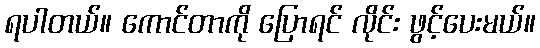
ရပါတယ်။ ကောင်တာကို ပြောရင် လိုင်း ဖွင့်ပေးမယ်။